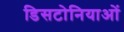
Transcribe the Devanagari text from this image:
डिसटोनियाओं